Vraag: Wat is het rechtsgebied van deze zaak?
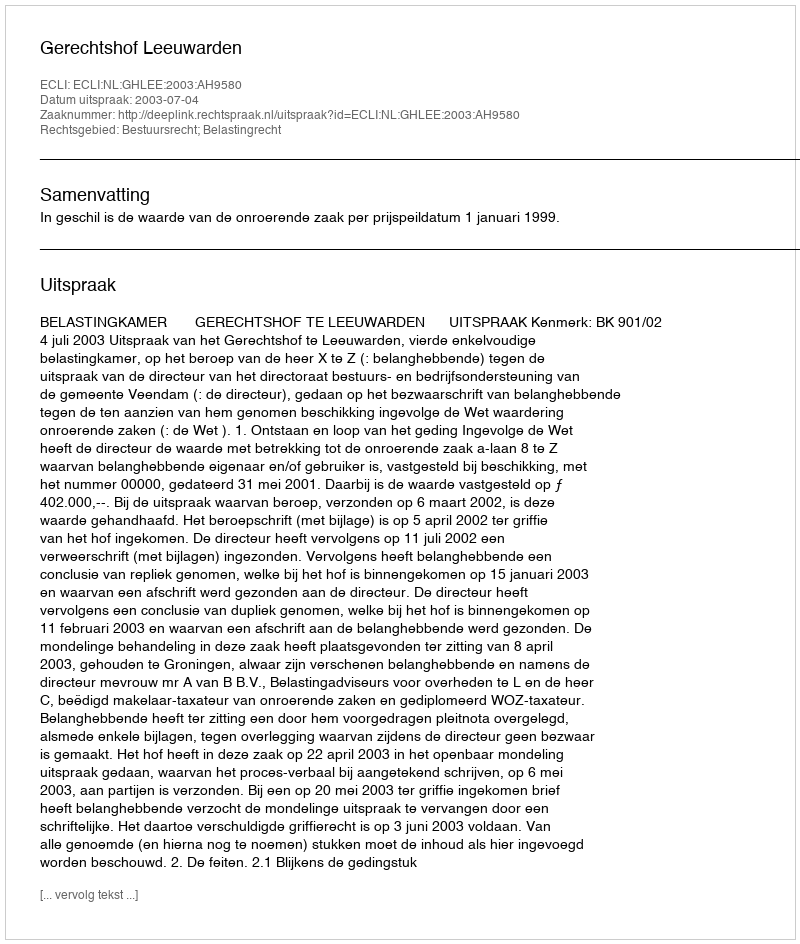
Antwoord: Bestuursrecht; Belastingrecht